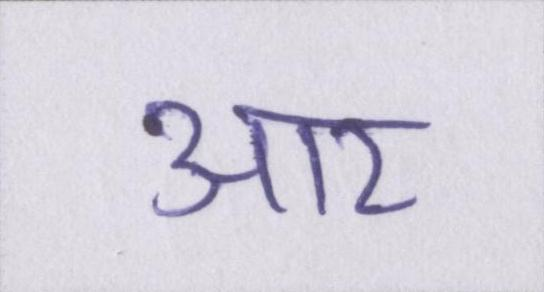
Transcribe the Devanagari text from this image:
आर